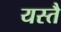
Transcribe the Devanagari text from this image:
यस्तै